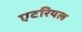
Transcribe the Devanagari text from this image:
एटरियल